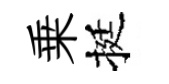
乗挺